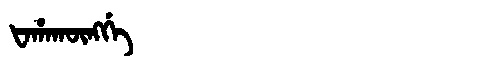
Manchu: ᡶᠠᡥᠠᡴᡡᠩᡤᡝ
Romanization: FAHAKŪNGGE